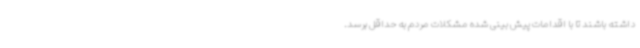
داشته باشند تا با اقدامات پیش بینی شده مشکلات مردم به حداقل برسد.